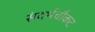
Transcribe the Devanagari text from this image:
संदर्भचौकट